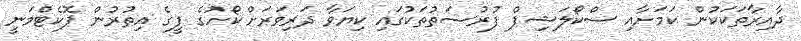
ދާއިރާތަކަކުން ކަމަށާއި ސްކޯލަޝިޕް ފުރުސަތުތަކުގައި ކިޔަވާ ދަރިވަރަށް ކޯހުގެ ފީގެ އިތުރުން ޕޮކެޓްމަނީ